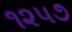
૧૨૫૭